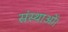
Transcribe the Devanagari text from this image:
संस्थाओं।